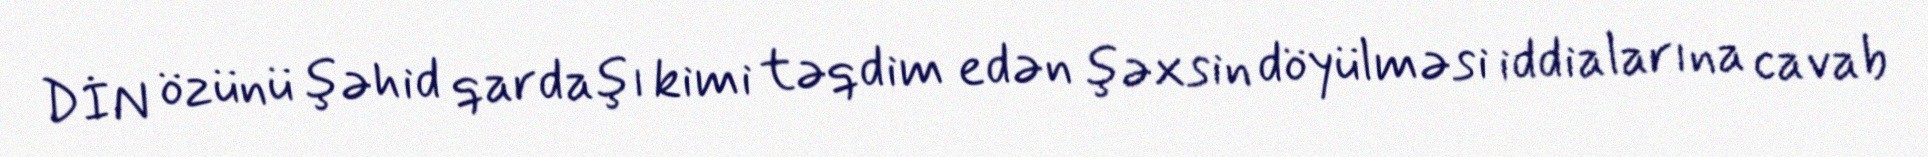
DİN özünü şəhid qardaşı kimi təqdim edən şəxsin döyülməsi iddialarına cavab